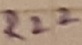
Text: R22